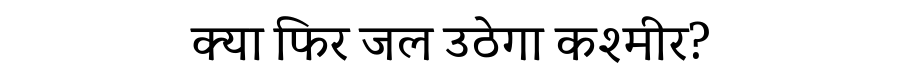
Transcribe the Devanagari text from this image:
क्या फिर जल उठेगा कश्मीर?